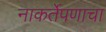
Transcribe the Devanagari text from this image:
नाकर्तेपणाचा